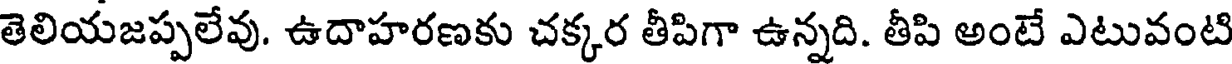
తెలియజప్పలేవు. ఉదాహరణకు చక్కర తీపిగా ఉన్నది. తీపి అంటే ఎటువంటి